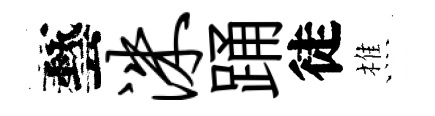
藝洙踊徒樵